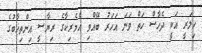
ހިލަރީ އަކީ ދެހާސް ހަތް ވަނަ އަހަރު ބޭއްވި އެމެރިކާގެ ރިޔާސީ އިންތިޚާބުގެ